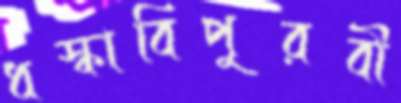
ধস্‌কাবিপুরবী